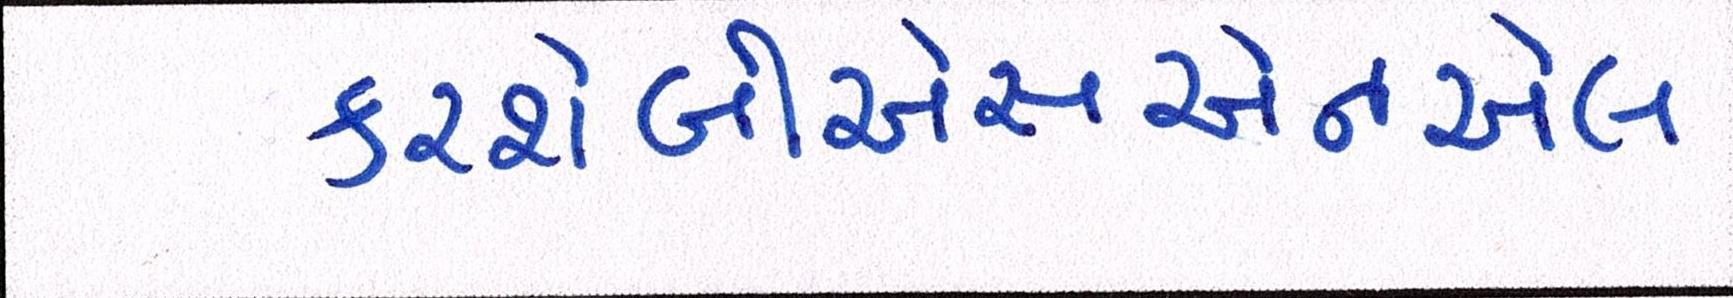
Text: કરશેબીએસએનએલ